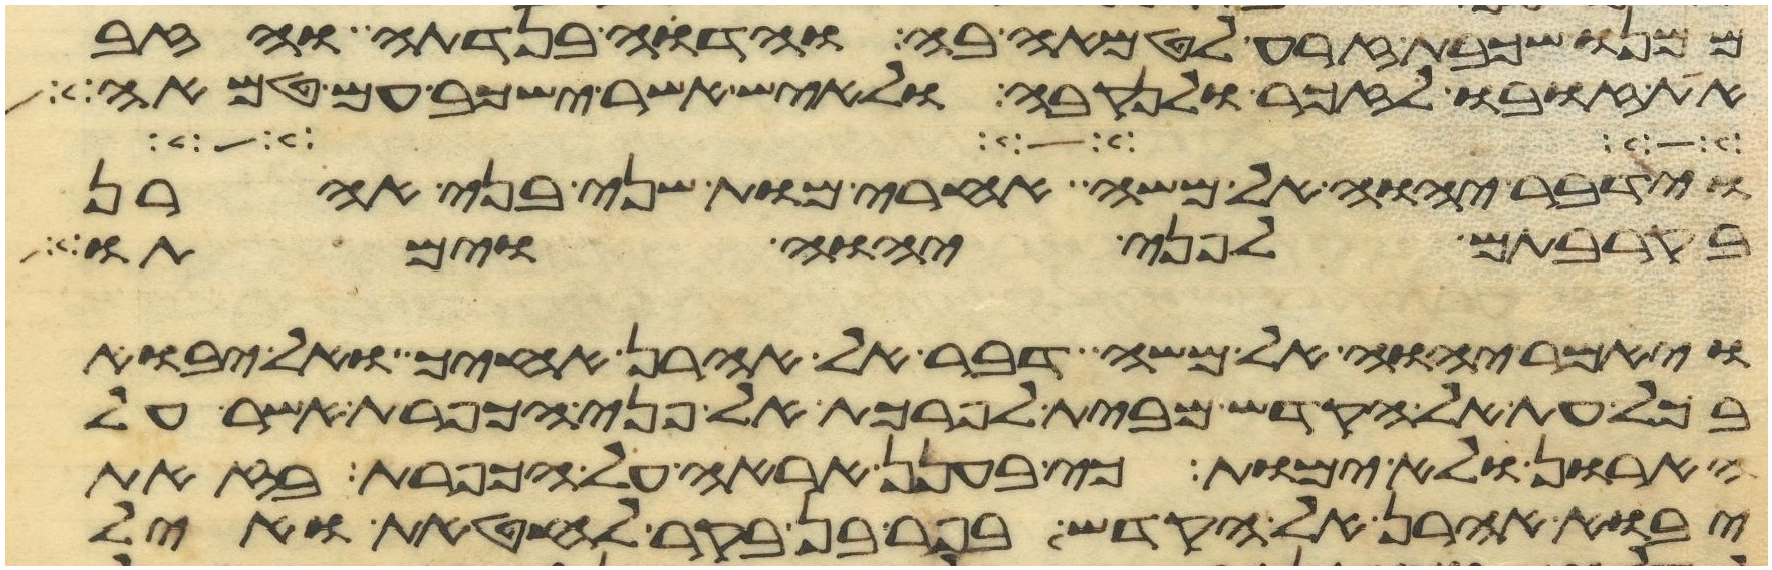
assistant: ממנו שכבת זרע לטמאה בה והדוה בנדתה והזב
את זובו לזכר ולנקבה ולאיש אשר ישכב עם טמאה
וידבר יהוה אל משה אחרי מות שני בני אהרן
בקרבתם לפני יהוה וימתו
ויאמר יהוה אל משה דבר אל אהרן אחיך ואל יבוא
בכל עת אל הקדש מבית לפרכת אל פני הכפרת אשר על
הארון ולא ימות כי בענן אראה אל הכפרת בזאת
יבוא אהרן אל הקדש בפר בן בקר לחטאת ואיל